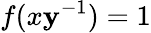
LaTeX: f(x\mathbf{y}^{-1})=1